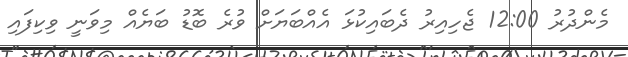
މެންދުރު 12:00 ޖެހިއިރު ދެބައިކުޅަ އެއްބަޔަށް ވުރެ ބޮޑު ބަޔެއް މިވަނީ ވިކިފައި